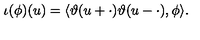
\iota ( \phi ) ( u ) = \langle \vartheta ( u + \cdot ) \vartheta ( u - \cdot ) , \phi \rangle .